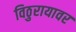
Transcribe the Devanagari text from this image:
विठुरायावर